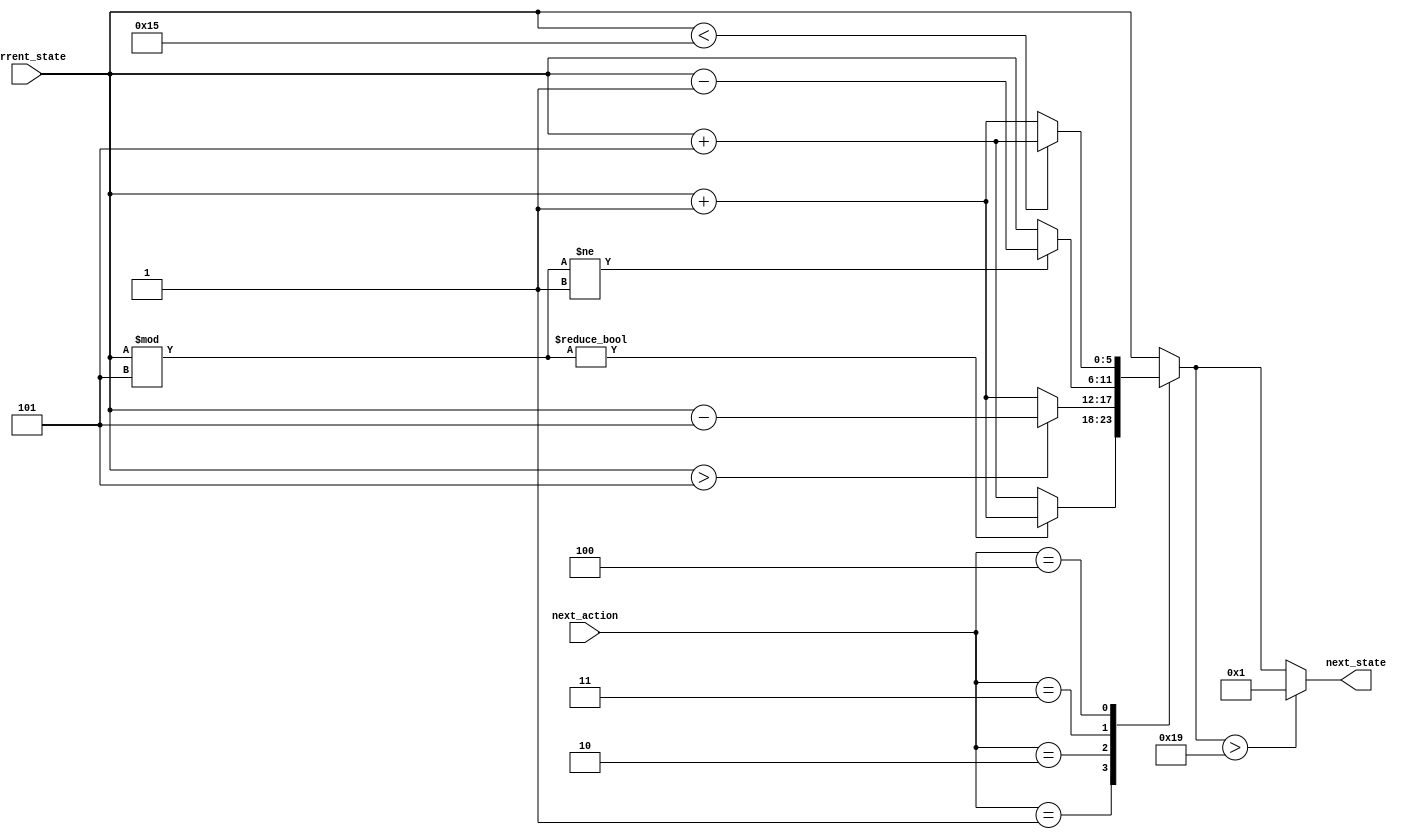
module StateSelector (
	input [3:0] next_action,
	input [5:0] current_state,
	output reg [5:0] next_state);

  always @(*) begin
	  case(next_action)
	    //Geser Kanan
	    4'b0001: begin 
			if(current_state%5 != 0)
			   begin
                    next_state=current_state+1;
			   end
			else
			   begin
                    next_state=current_state+5;
			   end     
		     end
	    //Geser Atas
	    4'b0010: begin 
			if(current_state > 5)
			   begin
                    next_state=current_state-5;
			   end
			else
			   begin
                    next_state=current_state+1;
			   end     
		     end
	    //Geser Kiri
            4'b0011: begin 
			if(current_state%5 != 1)
			   begin
                    next_state=current_state-1;
			   end
			else
			   begin
                    next_state=current_state;
			   end     
		     end
            //Geser Bawah
	    4'b0100: begin 
			if(current_state < 21)
			   begin
                    next_state=current_state+5;
			   end
			else
			   begin
                    next_state=current_state+1;
			   end     
		     end
	    default: begin next_state=current_state; end
	  endcase
	if( next_state > 6'd25) begin
		next_state=1;
	  end
  end
endmodule